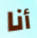
أنا